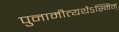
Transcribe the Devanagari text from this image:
पुनामीत्यर्थेऽस्मिन्